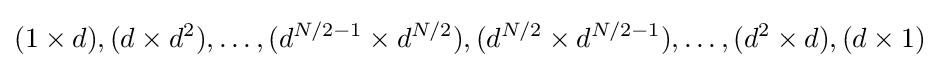
(1\times d),(d\times d^{2}),\ldots ,(d^{N/2-1}\times d^{N/2}),(d^{N/2}\times d^{N/2-1}),\ldots ,(d^{2}\times d),(d\times 1)